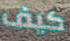
كيف